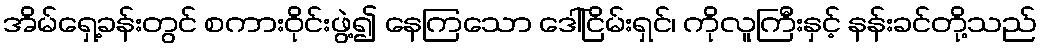
အိမ်ရှေ့ခန်းတွင် စကားဝိုင်းဖွဲ့၍ နေကြသော ဒေါ်ငြိမ်းရှင်၊ ကိုလူကြီးနှင့် နန်းခင်တို့သည်